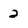
Character: 2